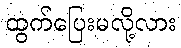
ထွက်ပြေးမလို့လား